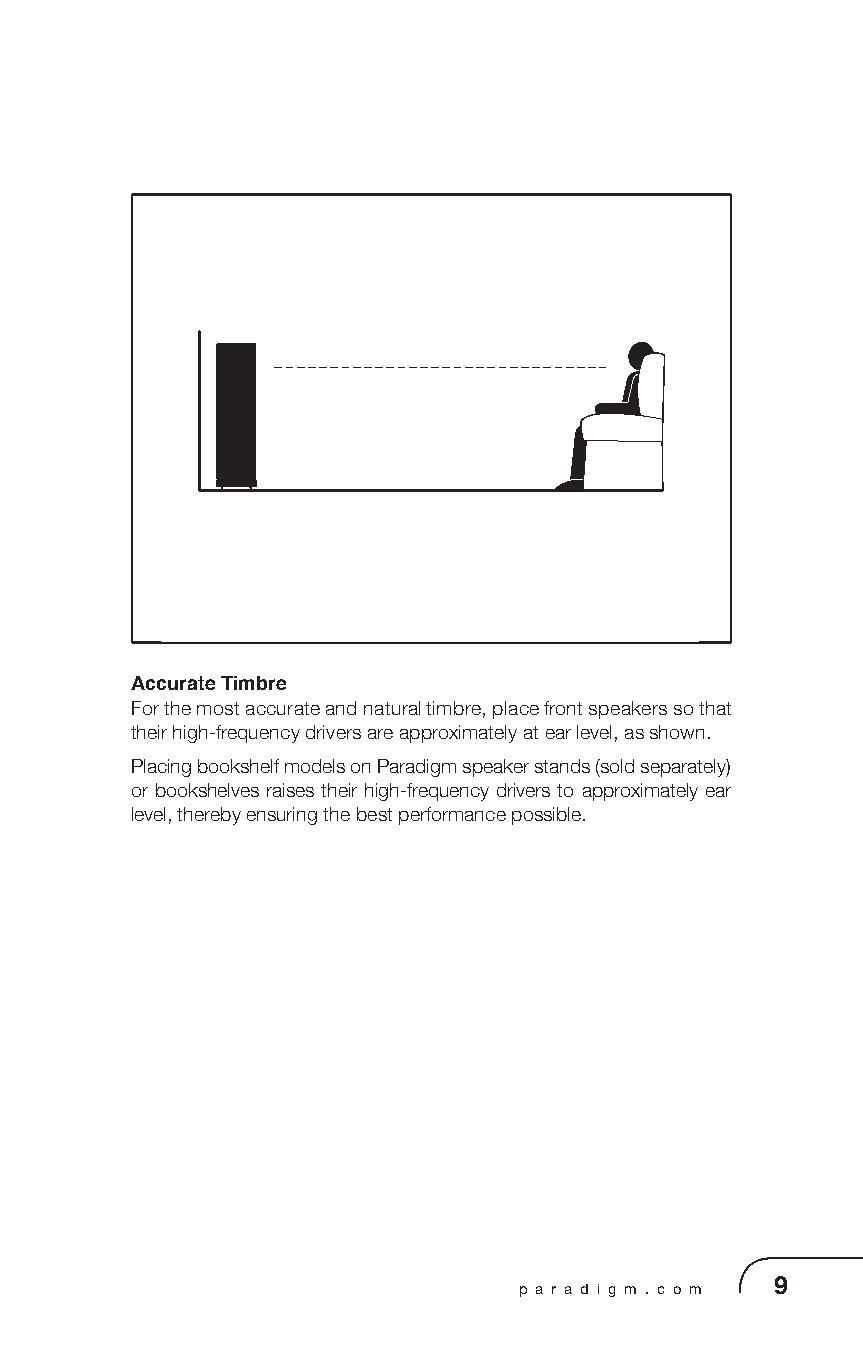
Accurate Timbre
 For the most accurate and natural timbre, place front speakers so that
 their high-frequency drivers are approximately at ear level, as shown.
 Placing bookshelf models on Paradigm speaker stands (sold separately)
 or bookshelves raises their high-frequency drivers to approximately ear
 level, thereby ensuring the best performance possible.
 8” (20 cm)                             8po (20 cm)
 p a r a d i g m . c o m 9